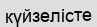
күйзелісте